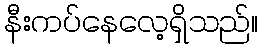
နီးကပ်နေလေ့ရှိသည်။